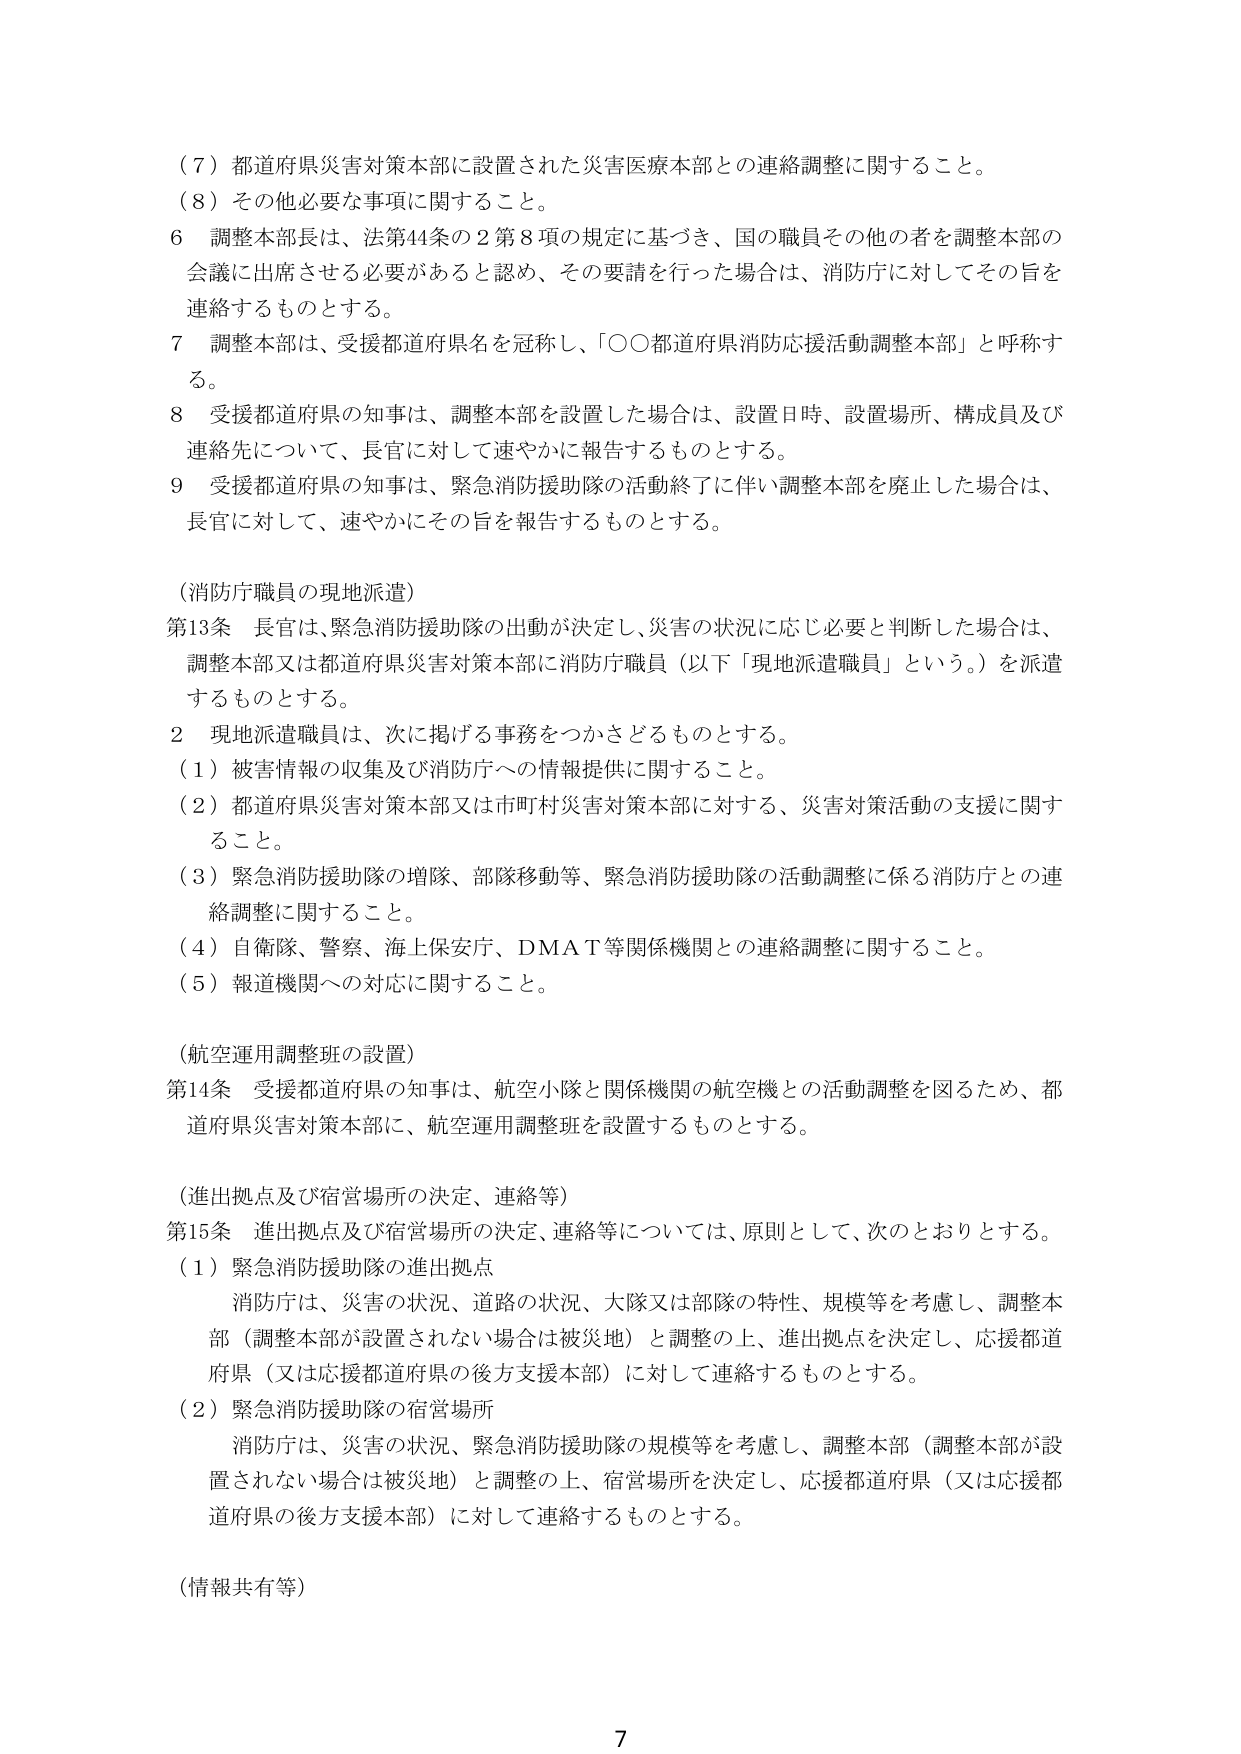
（７）都道府県災害対策本部に設置された災害医療本部との連絡調整に関すること。
（８）その他必要な事項に関すること。
６ 調整本部長は、法第44条の２第８項の規定に基づき、国の職員その他の者を調整本部の会議に出席させる必要があると認め、その要請を行った場合は、消防庁に対してその旨を連絡するものとする。
７ 調整本部は、受援都道府県名を冠称し、「○○都道府県消防応援活動調整本部」と呼称する。
８ 受援都道府県の知事は、調整本部を設置した場合は、設置日時、設置場所、構成員及び連絡先について、長官に対して速やかに報告するものとする。
９ 受援都道府県の知事は、緊急消防援助隊の活動終了に伴い調整本部を廃止した場合は、長官に対して、速やかにその旨を報告するものとする。

（消防庁職員の現地派遣）
第13条 長官は、緊急消防援助隊の出動が決定し、災害の状況に応じ必要と判断した場合は、調整本部又は都道府県災害対策本部に消防庁職員（以下「現地派遣職員」という。）を派遣するものとする。
２ 現地派遣職員は、次に掲げる事務をつかさどるものとする。
（１）被害情報の収集及び消防庁への情報提供に関すること。
（２）都道府県災害対策本部又は市町村災害対策本部に対する、災害対策活動の支援に関すること。
（３）緊急消防援助隊の増隊、部隊移動等、緊急消防援助隊の活動調整に係る消防庁との連絡調整に関すること。
（４）自衛隊、警察、海上保安庁、DMAT等関係機関との連絡調整に関すること。
（５）報道機関への対応に関すること。

（航空運用調整班の設置）
第14条 受援都道府県の知事は、航空小隊と関係機関の航空機との活動調整を図るため、都道府県災害対策本部に、航空運用調整班を設置するものとする。

（進出拠点及び宿営場所の決定、連絡等）
第15条 進出拠点及び宿営場所の決定、連絡等については、原則として、次のとおりとする。
（１）緊急消防援助隊の進出拠点
　消防庁は、災害の状況、道路の状況、大隊又は部隊の特性、規模等を考慮し、調整本部（調整本部が設置されない場合は被災地）と調整の上、進出拠点を決定し、応援都道府県（又は応援都道府県の後方支援本部）に対して連絡するものとする。
（２）緊急消防援助隊の宿営場所
　消防庁は、災害の状況、緊急消防援助隊の規模等を考慮し、調整本部（調整本部が設置されない場合は被災地）と調整の上、宿営場所を決定し、応援都道府県（又は応援都道府県の後方支援本部）に対して連絡するものとする。

（情報共有等）

7